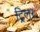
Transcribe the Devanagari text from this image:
ट्रिलर